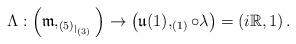
LaTeX: \begin{align*}\Lambda:\left(\mathfrak{m},_{(5)_{|_{(3)}}}\right)\to\left(\mathfrak{u}(1),_{(1)}\circ\lambda\right)=\left(i\mathbb{R},1\right).\end{align*}